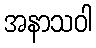
အနာသဝါ